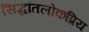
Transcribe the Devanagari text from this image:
सिद्धांतलोकप्रिय